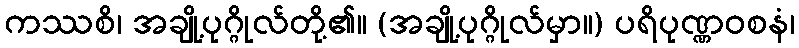
ကဿစိ၊ အချို့ပုဂ္ဂိုလ်တို့၏။ (အချို့ပုဂ္ဂိုလ်မှာ။) ပရိပုဏ္ဏဝစနံ၊